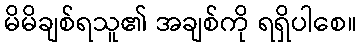
မိမိချစ်ရသူ၏ အချစ်ကို ရရှိပါစေ။